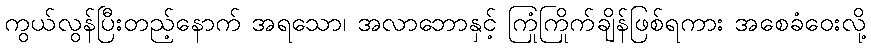
ကွယ်လွန်ပြီးတည့်နောက် အရသော၊ အလာဘောနှင့် ကြုံကြိုက်ချိန်ဖြစ်ရကား အစေခံဝေးလို့